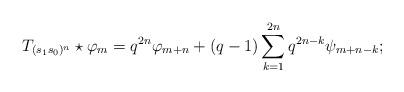
LaTeX: \begin{align*}T_{(s_1s_0)^n}\star\varphi_m=q^{2n}\varphi_{m+n}+(q-1)\sum_{k=1}^{2n}q^{2n-k}\psi_{m+n-k};\end{align*}